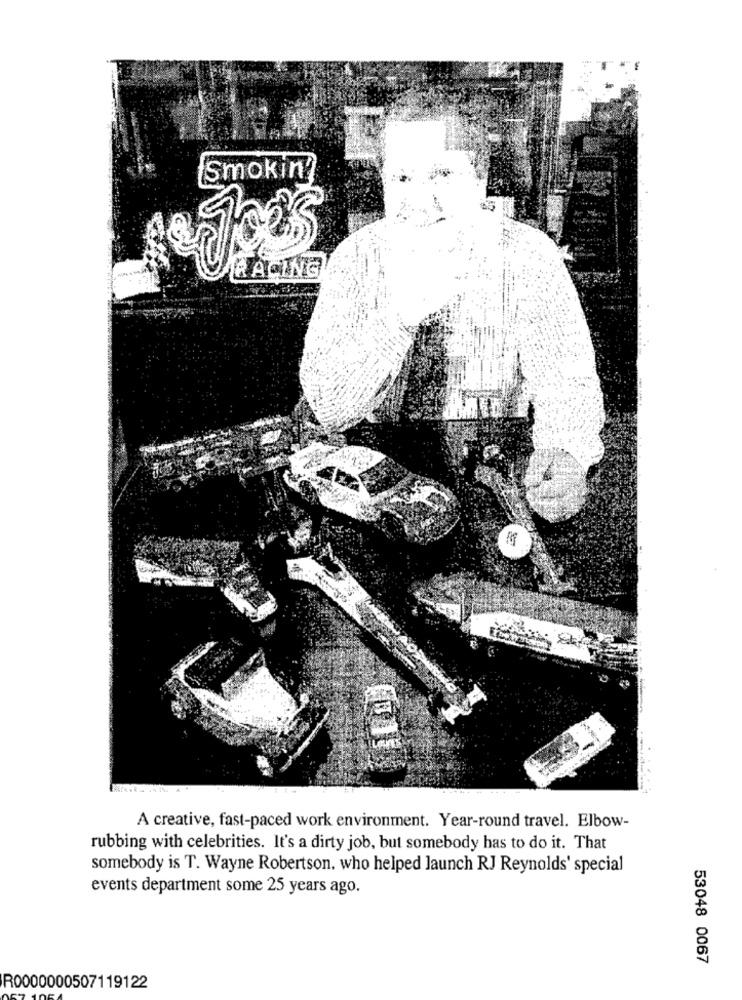
Smokin'
RACING
A creative, fast-paced work environment. Year-round travel. Elbow-
rubbing with celebrities. It's a dirty job, but somebody has to do it. That
somebody is T. Wayne Robertson. who helped launch RJ Reynolds' special
events department some 25 years ago.
53048 0067
R0000000507119122